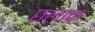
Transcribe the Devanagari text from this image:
छलाक